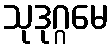
သုဒုဂ္ဂမေ